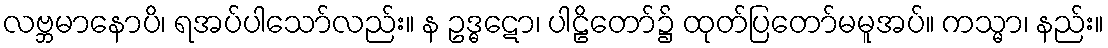
လဗ္ဘမာနောပိ၊ ရအပ်ပါသော်လည်း။ န ဥဒ္ဓဋော၊ ပါဠိတော်၌ ထုတ်ပြတော်မမူအပ်။ ကသ္မာ၊ နည်း။